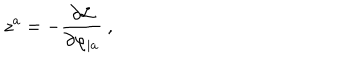
z ^ { a } = - { \frac { \partial { \cal L } } { \partial \varphi _ { | a } } } \ ,